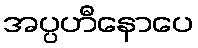
အပ္ပဟီနောပေ